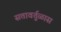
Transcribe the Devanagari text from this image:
सत्तावर्तुळास